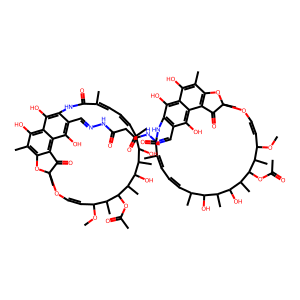
SMILES: COC1C=COC2(C)Oc3c(C)c(O)c4c(O)c(c(C=NNC(=O)CC(=O)NN=Cc5c6c(O)c7c(O)c(C)c8c(c7c5O)C(=O)C(C)(OC=CC(OC)C(C)C(OC(C)=O)C(C)C(O)C(C)C(O)C(C)C=CC=C(C)C(=O)N6)O8)c(O)c4c3C2=O)NC(=O)C(C)=CC=CC(C)C(O)C(C)C(O)C(C)C(OC(C)=O)C1C
Inhibits HIV replication: Yes